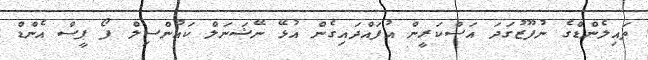
ތައިލެންޑްގެ ނުފޫޒުގަދަ އަސްކަރީން އުފައްދައިގެން އުޅޭ ނޭޝަނަލް ކައުންސިލް ފޯ ޕީސް އެންޑް